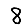
Digit: 8